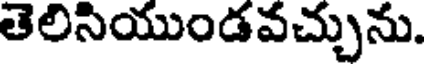
తెలిసియుండవచ్చును.